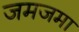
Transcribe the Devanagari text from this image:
जमजमा